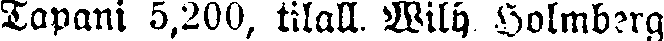
Tapani 5,200, tilall. Wilh Holmberg